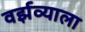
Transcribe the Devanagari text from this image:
वर्झव्याला